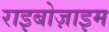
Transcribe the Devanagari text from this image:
राइबोज़ाइम